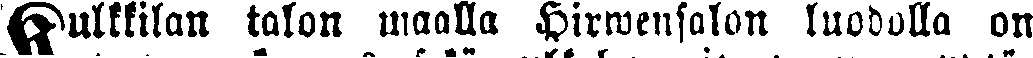
Kulkkilan talon maalla Hirwensalon luodolla on